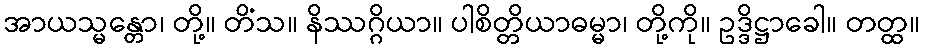
အာယသ္မန္တော၊ တို့။ တိံသ။ နိဿဂ္ဂိယာ။ ပါစိတ္တိယာဓမ္မာ၊ တို့ကို။ ဥဒ္ဒိဋ္ဌာခေါ။ တတ္ထ။